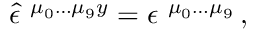
\hat { \epsilon } ^ { \ \mu _ { 0 } \ldots \mu _ { 9 } y } = \epsilon ^ { \ \mu _ { 0 } \ldots \mu _ { 9 } } \, ,